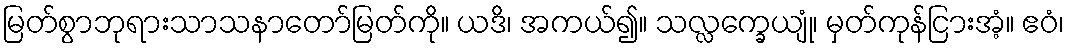
မြတ်စွာဘုရားသာသနာတော်မြတ်ကို။ ယဒိ၊ အကယ်၍။ သလ္လက္ခေယျုံ၊ မှတ်ကုန်ငြားအံ့။ ဧဝံ၊